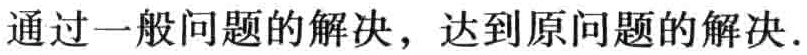
通过一般问题的解决，达到原问题的解决.